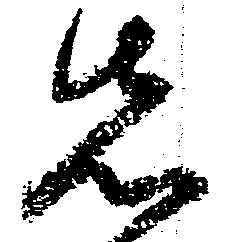
先